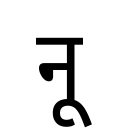
OCR:
नू